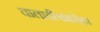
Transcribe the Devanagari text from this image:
चालाचीत्रांबरोबर